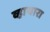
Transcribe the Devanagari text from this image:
व्हायारा